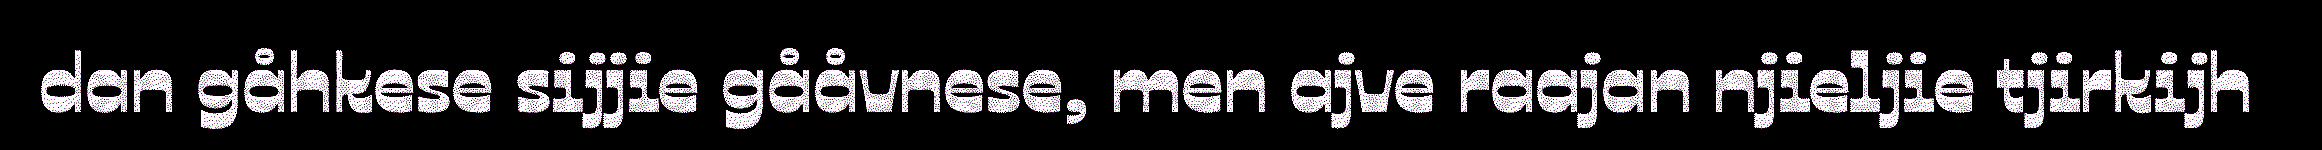
dan gåhkese sijjie gååvnese, men ajve raajan njieljie tjirkijh